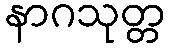
နာဂသုတ္တ